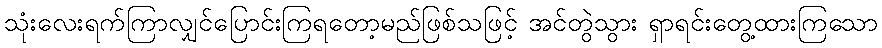
သုံးလေးရက်ကြာလျှင်ပြောင်းကြရတော့မည်ဖြစ်သဖြင့် အင်တွဲသွား ရှာရင်းတွေ့ထားကြသော